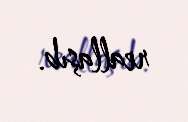
reallaşıb.